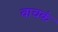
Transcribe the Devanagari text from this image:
वाचकं